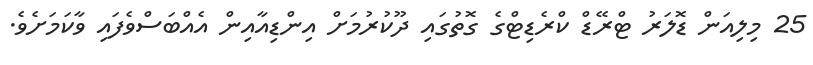
25 މިލިއަން ޑޮލަރު ޓްރޭޑް ކްރެޑިޓްގެ ގޮތުގައި ދޫކުރުމަށް އިންޑިއާއިން އެއްބަސްވެފައި ވާކަމަށެވެ.